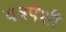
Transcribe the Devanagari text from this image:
यंत्रपेशी